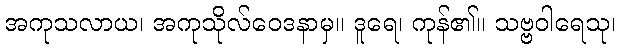
အကုသလာယ၊ အကုသိုလ်ဝေဒနာမှ။ ဒူရေ၊ ကုန်၏။ သဗ္ဗဝါရေသု၊